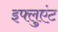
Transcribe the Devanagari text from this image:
इफ्लुएंट